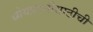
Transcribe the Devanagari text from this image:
ध्येयप्राप्तीसाठीची